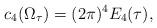
LaTeX: \begin{align*}c_4(\Omega_{\tau})=(2\pi)^4 E_4(\tau),\end{align*}